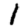
Digit: 1